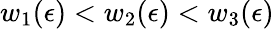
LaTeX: w_{1}(\epsilon)<w_{2}(\epsilon)<w_{3}(\epsilon)